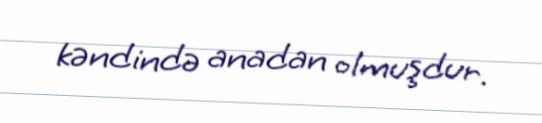
kəndində anadan olmuşdur.